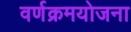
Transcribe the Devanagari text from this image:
वर्णक्रमयोजना